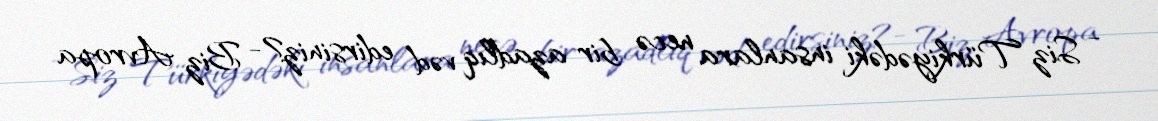
- Siz Türkiyədəki insanlara necə bir azadlıq vəd edirsiniz?- Biz Avropa